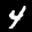
Label: 4